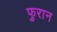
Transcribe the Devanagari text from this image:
फुरान